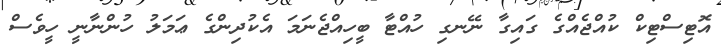
އޮޓިސްޓިކް ކުއްޖެއްގެ ގައިގާ ނޭނގި ހުއްޓާ ބީހިއްޖެނަމަ އެކުދިންގެ ޢަމަލު ހުންނާނީ ހީވެސް